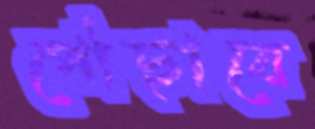
পৌছাবে